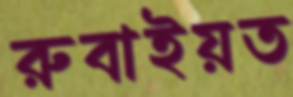
রুবাইয়ত